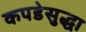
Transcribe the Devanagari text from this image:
कपडेसुद्धा